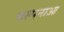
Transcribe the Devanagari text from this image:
कल्पनाआ